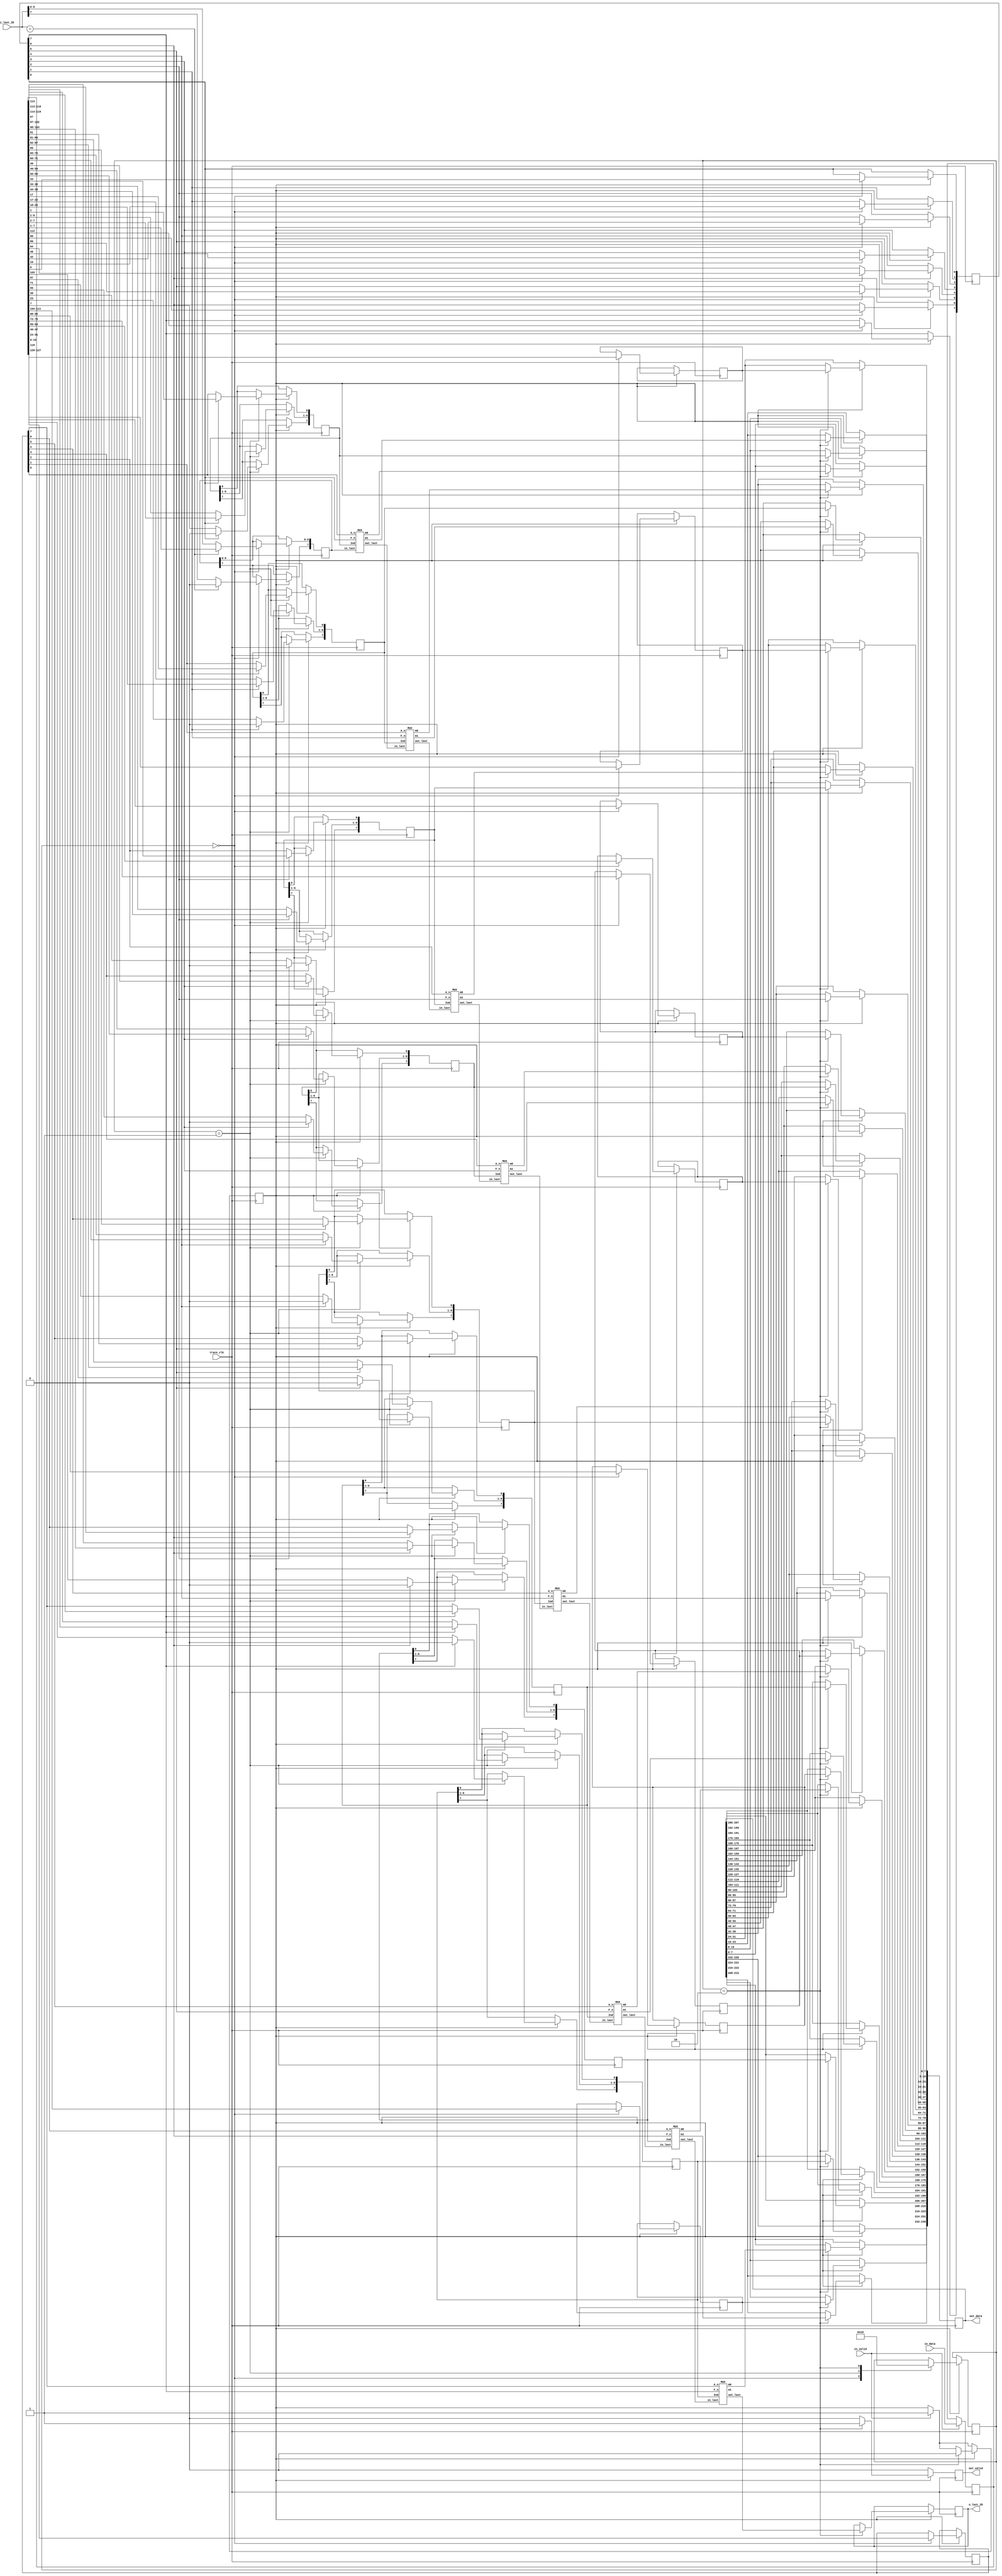
`timescale 1ns / 1ns
//////////////////////////////////////////////////////////////////////////////////
// Company: SEU
// 
// Design Name: 
// Module Name: CoreSight_L1_Decoder_lee
// Project Name: 
// Target Devices: 
// Tool Versions: 
// Description: 
// 
// Dependencies: 
// 
// Revision:
// Revision 0.01 - File Created
// Additional Comments:
// 
//////////////////////////////////////////////////////////////////////////////////


module CoreSight_L1_Decoder_lee(
        input trace_clk,
        input [127:0] in_data,
        input in_valid,
        input [7:0] i_last_ID,
        output [239:0] out_data,
        output out_valid,
        output reg [7:0] o_last_ID
        //for debug 
        //output test_valid_data
       
//        output bug_intr,
//        output[7:0] bug_type, //more than 16
//        output[127:0] frame_out
    );
    //state parameter
    parameter S_getFA = 2'h0;
    parameter S_getIOD = 2'h1 ;
    parameter S_getID = 2'h2 ; 
    parameter S_getID_DATA = 2'h3 ; 
    reg [1:0] state = S_getFA ;

    reg [127:0] trace_data ;
    reg [7:0] d[6:0] ;
    reg [7:0] aux ;
    reg [7:0] F ;
    wire [7:0] tmp_id[15:0]; 
 
    reg [7:0] id[14:0] ; 
    reg [7:0] IoD[7:0] ;
    
    //trace_data valid flag
    reg valid_data = 1'b0 ;
    
    //input variable
    reg [7:0] last_id ;
    
    //output data
    reg [239:0] odata ;
    reg ovalid = 1'b0 ;
    
    integer i;
    
    //Step3 circuit module
    wire [7:0] l0,l1,l2,l3,l4,l5,l6,l7;
    
    MUX M0 (F[0], aux[0], last_id, IoD[0], tmp_id[0], tmp_id[1], l0);
    MUX M1 (F[1], aux[1], l0, IoD[1], tmp_id[2], tmp_id[3], l1);
    MUX M2 (F[2], aux[2], l1, IoD[2], tmp_id[4], tmp_id[5], l2);
    MUX M3 (F[3], aux[3], l2, IoD[3], tmp_id[6], tmp_id[7], l3);
    MUX M4 (F[4], aux[4], l3, IoD[4], tmp_id[8], tmp_id[9], l4);
    MUX M5 (F[5], aux[5], l4, IoD[5], tmp_id[10], tmp_id[11], l5);
    MUX M6 (F[6], aux[6], l5, IoD[6], tmp_id[12], tmp_id[13], l6);
    MUX M7 (F[7], aux[7], l6, IoD[7], tmp_id[14], tmp_id[15], l7);
 
    //Step 0 
//    always @ (posedge trace_clk) begin
        //if(in_valid) begin

//    end
    
    //Step1234 
    
    reg [3:0] cnt = 4'd0;
    always @ (posedge trace_clk) begin 
        if(ovalid) ovalid <= 1'b0;
        if(in_valid) begin 
            //save input data
            trace_data <= in_data ;
            valid_data <= 1'b1 ;
            ovalid <= 1'b0 ;          
        end
        if(valid_data) begin     
            case(state)
                S_getFA: begin 
                    //F flag
                    for(i=0; i<8; i=i+1)
                        F[i] <= trace_data[i*16] ;
                    for(i=0; i<7; i=i+1)
                        d[i] <= trace_data[i*16+15 -: 8] ; 
                    //AUX assign 
                    aux <= trace_data[127:120] ;   
                    if(i_last_ID == 8'bX) begin 
                        last_id[7] <= 1'b0 ;
                        last_id[6:0] <= trace_data[7:1] ; 
                    end else begin
                        last_id <= i_last_ID ; 
                    end 
                    state <= S_getIOD ;
                end 
                S_getIOD: begin 
                    for(i=0; i<8; i=i+1) begin
                        if(F[i] == 1) begin 
                            IoD[i][6:0] <= trace_data[16*i+7 -: 7] ; 
                            IoD[i][7] <= 1'd0; 
                        end 
                        else begin
                            IoD[i][7:1] <= trace_data[16*i+7 -: 7] ;
                            IoD[i][0] <= aux[i] ; 
                        end
                    end
                    //change state
                    state <= S_getID ;
                end 
                S_getID: begin
                    //call the MUX 
                    o_last_ID <= l7 ;
                    for(i=0; i<15; i=i+1) begin 
                        id[i] <= tmp_id[i] ;
                        odata[16*i+7 -: 8] <= tmp_id[i] ;
                        if(i%2 == 0) 
                            odata[16*i+15 -: 8] <= IoD[i/2] ;
                        else
                            odata[16*i+15 -: 8] <= d[i/2] ;
                    end 
                    //change state 
                    // try to reduce .start
                    valid_data <= 1'b0; 
                    ovalid <= 1'b1;
                    state <= S_getFA ;
                    // try to reduce .end
                end  
            endcase 
        end     
    end
    
    assign out_valid = ovalid ;
    assign out_data = odata ; 
    //for debug
    //assign test_valid_data = valid_data ;
endmodule

module MUX(
    input F_n,
    input A_n,
    input [7:0] in_last,
    input [7:0] Iod,
    output reg [7:0] m0,
    output reg [7:0] m1,
    output reg [7:0] out_last
    );
     
    always @ (F_n or A_n or in_last or Iod) begin
        //Fn == 0 
        if(F_n != 1'b1) begin 
            out_last <= in_last ;
            m0 <= in_last ;
            m1 <= in_last ;
        end 
        //Fn == 1
        else begin  
            out_last <= Iod ;
            m0 <= 8'hFF ;
            if(A_n) begin 
                m1 <= in_last ; 
             end 
             else begin 
                m1 <= Iod ;
             end        
        end 
        //rewrite 
//        assign m0 = F_n == 1'b0 ? 8'hFF : in_last;
//        assign m1 = F_n == 1'b0 ? 8'hFF : ( A_n == 1'b0 ? Iod : last);
//        assign out_last = Fn == 1'b0 ? in_last : Iod ;      
    end
endmodule